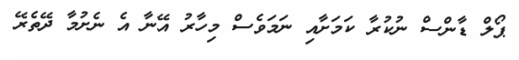
ޕޯލް ޑާންސް ނުކުރާ ކަމަށާއި ނަމަވެސް މިހާރު އޭނާ އެ ނެށުމާ ދޭތެރޭ